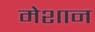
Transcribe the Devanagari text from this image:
मेशान